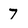
Character: 7